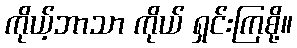
ကိုယ့်ဘာသာ ကိုယ် ရှင်းကြစို့။